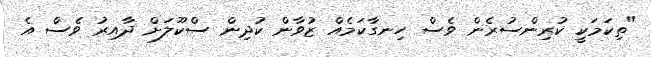
"ތިކަމަކީ ކުރިންސުރެން ވެސް ހިނގާކަމެއް ޒުވާން ކުދިން ސްކޫލަށް ދާއިރު ވެސް އެ